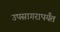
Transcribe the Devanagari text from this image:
उपसागरापर्यंत